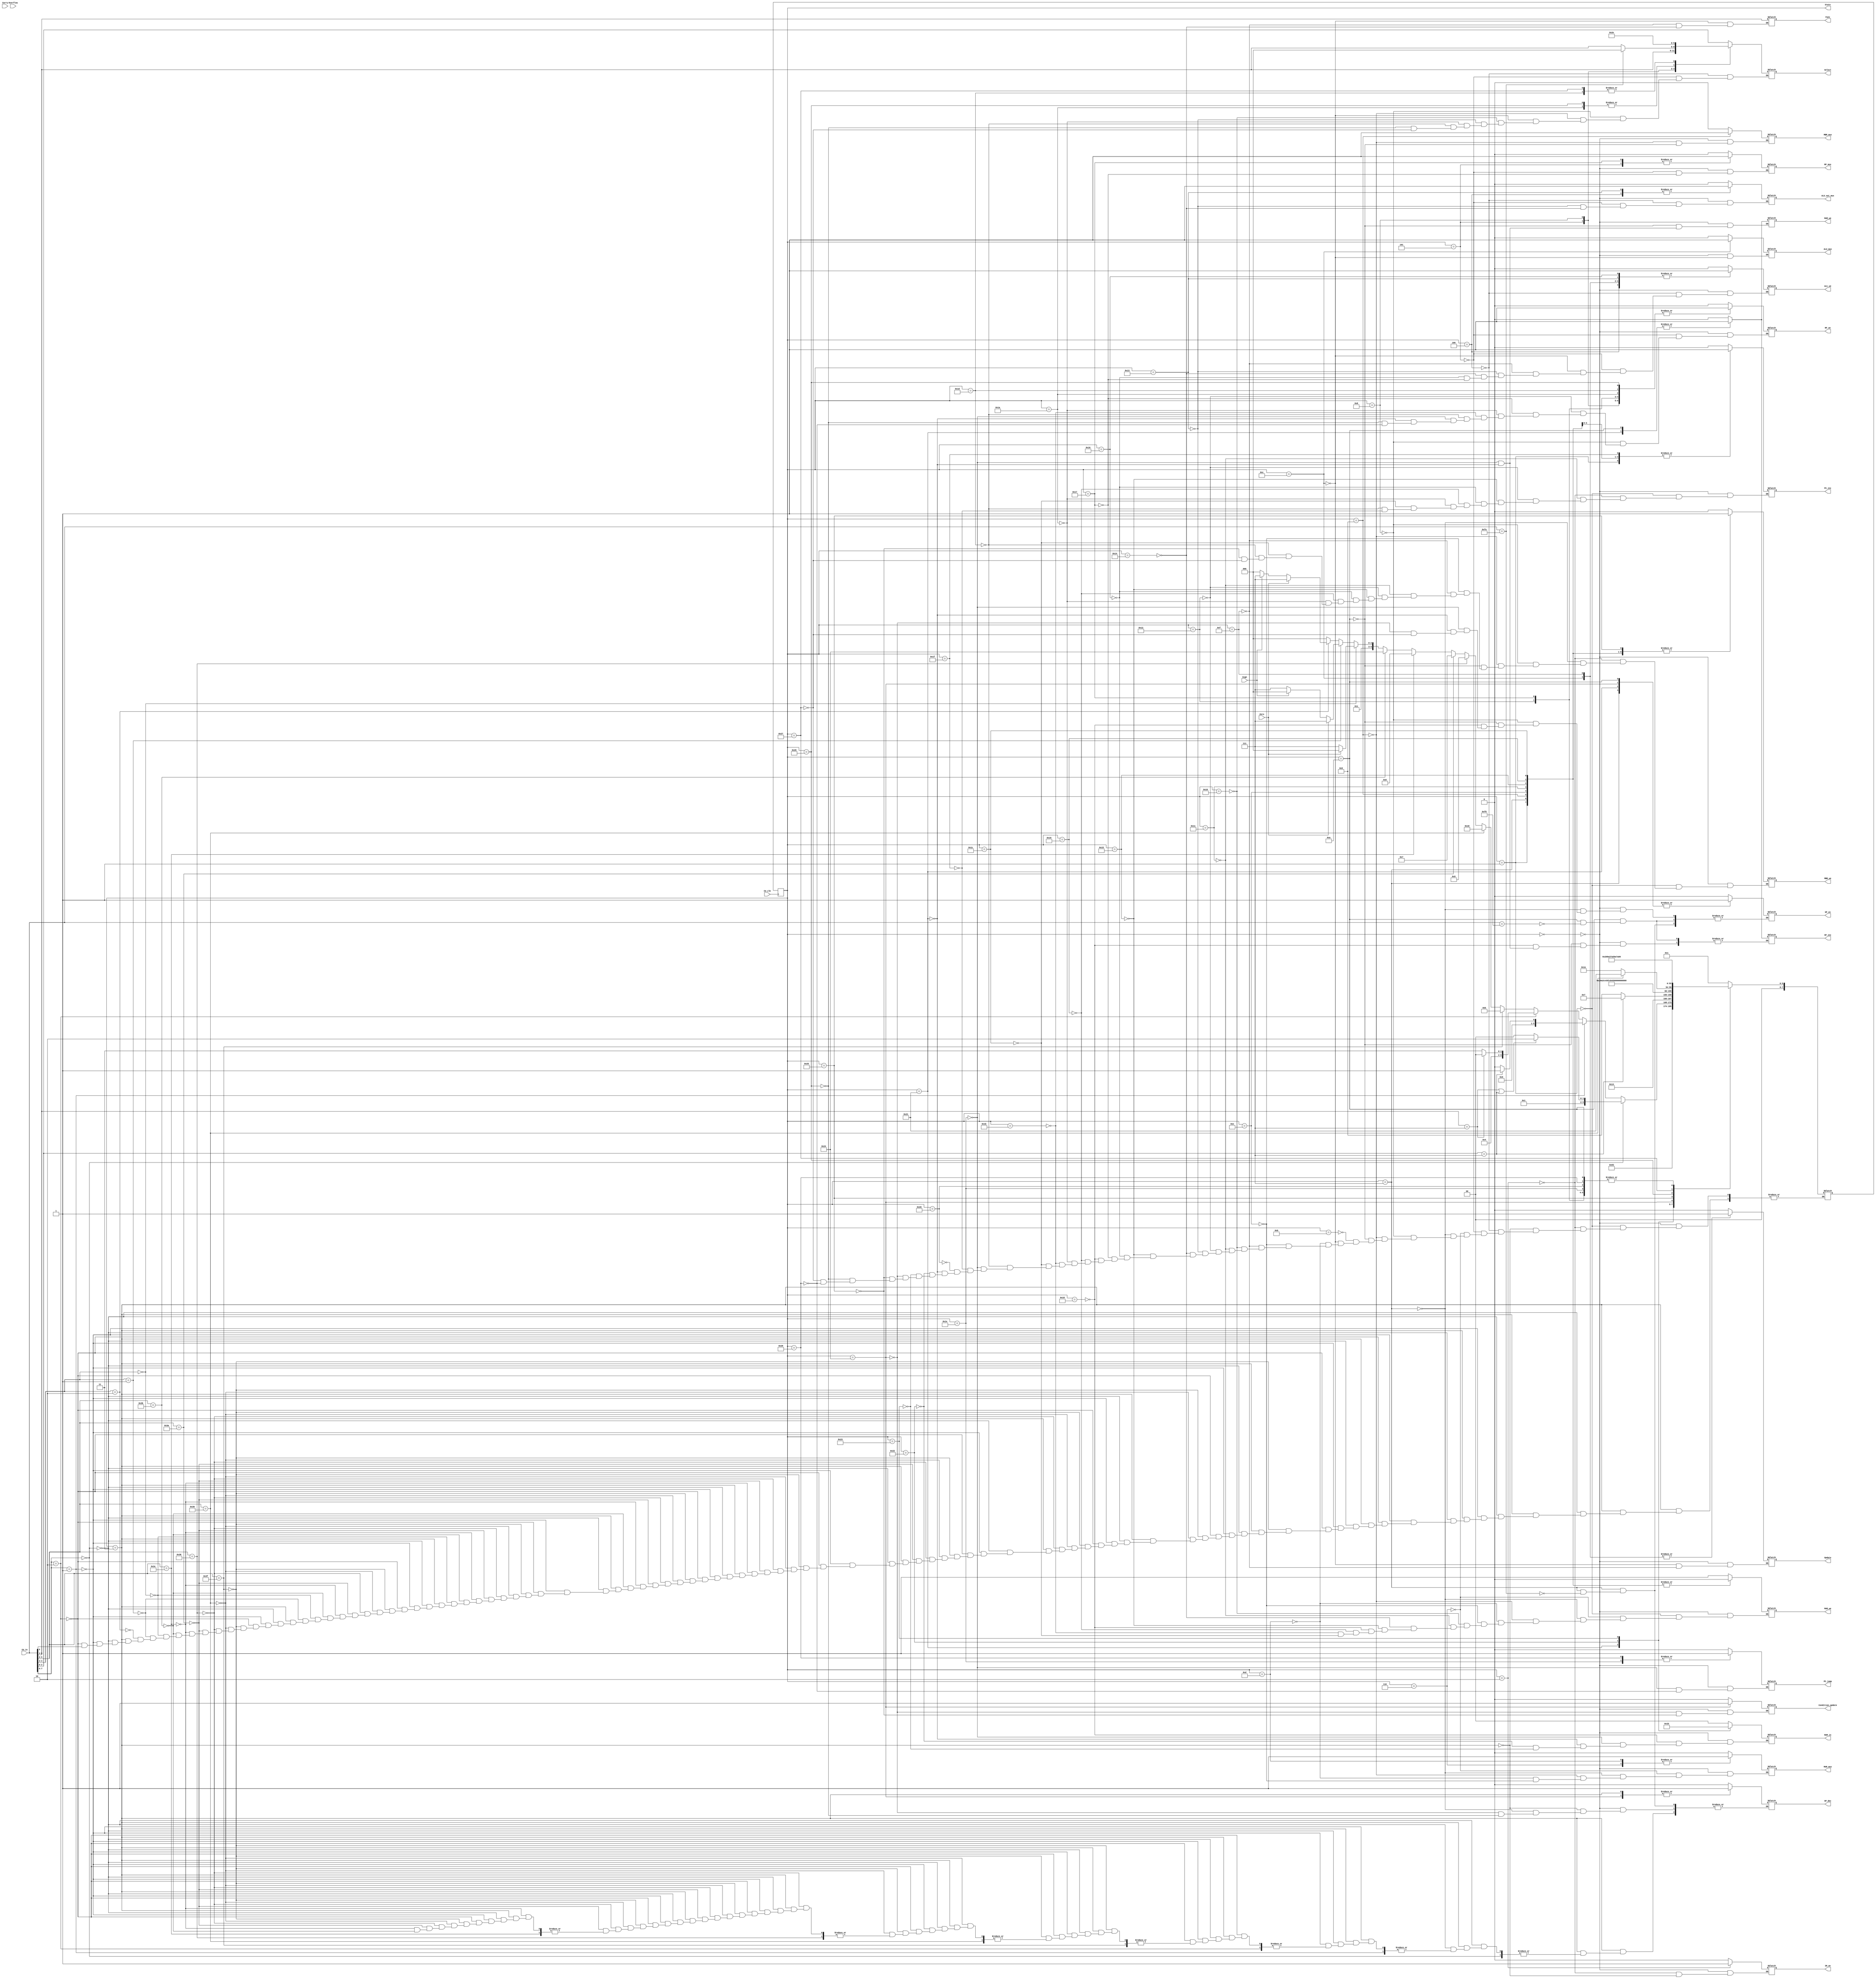
module CU(CU_in,MBR_we,IR_we,PC_inc,PC_jump,RF_we,Acc_we,MAR_we,RAM_we,
		ALU_mux,RF_mux,ALU_out_mux,MAR_mux,MBR_mux,Select,Func,CU_clk,State,
		Zero, Sign, Overflow, Carry,Update,SP_en,RAM_in,SP_inc,SP_dec,Condition_update
    );
	input[7:0] CU_in;
	output MBR_we,IR_we,PC_inc,PC_jump,RF_we,Acc_we,MAR_we,RAM_we,ALU_mux,RF_mux,ALU_out_mux,MAR_mux,MBR_mux,Update,SP_en,SP_inc,SP_dec,Condition_update;
	output[2:0] Select,Func;
	output[1:0] RAM_in;
	input CU_clk;
	output[7:0] State;
	input Zero, Sign, Overflow, Carry;
	reg  MBR_we,IR_we,PC_inc,PC_jump,RF_we,Acc_we,MAR_we,RAM_we,ALU_mux,RF_mux,ALU_out_mux,MAR_mux,MBR_mux,Update,SP_en,SP_inc,SP_dec,Condition_update;
	reg[2:0] Select,Func;
	reg[1:0] RAM_in;
	reg[7:0] State=0,nextstate;
	parameter s0=0, s1=1, s2=2, s3=3, s4=4, s5=5, s6=6, s7=7, s8=8, s9=9, s10=10, s11=11, s12=12, s13=13, s14=14, s15=15,
					s16=16, s17=17, s18=18, s19=19, s20=20, s21=21, s22=22, s23=23, s24=24, s25=25, s26=26, s27=27, s28=28,
					s29=29, s30=30, s31=31, s32=32, s33=33, s34=34, s35=35, s36=36, s37=37, s38=38, s39=39, s40=40;
	always @(posedge CU_clk)
	begin
		State <= nextstate;
	end
	always @(State)
	begin
	 case(State)
		s0:
			begin
				RAM_we=0;
				MBR_we=0;
				IR_we=0;
				PC_inc=0;
				PC_jump=0;
				RF_we=0;
				Acc_we=0;
				MAR_we=1;
				ALU_mux=0;
				RF_mux=0;
				ALU_out_mux=0;
				MAR_mux=0;
				MBR_mux=0;
				Update=0;
				RAM_in=2'b00;
				SP_en=0;
				SP_inc=0;
				SP_dec=0;
				Condition_update = 0;
				nextstate = s1; //PAPAM
			end
		s1:
			begin
				MBR_we=1;
				PC_inc=1;
				MAR_we=0;
				nextstate = s2;
			end
		s2:
			begin
				MBR_we=0;
				IR_we=1;
				PC_inc=0;
				nextstate=s3;
			end
		s3: //Decoder
			begin
				IR_we=0;
			if( CU_in[7:6] == 2'b00)
				begin
					if( (CU_in[5:3]==3'b111) || (CU_in[2:0] == 3'b111) )
						nextstate = s6; // MOV M REG || MOV REG M
					else
						nextstate = s4; // MOV REG REG
				end
			else if(CU_in[7:6] == 2'b01)
				begin
					if(CU_in[2:0] == 3'b111)
						nextstate = s13; // ADD M
					else
						nextstate = s12;// ADD REG
				end
			else if(CU_in[7:6] == 2'b10)
				begin
					if(CU_in[5:3] == 3'b111)
						nextstate = s16; //MVI
					else
						nextstate =s19; // ADDI
				end
			else
				begin
				if(CU_in[5] == 0)
					nextstate = s24;  // JUMP UNCONDITIONAL
				if(CU_in[5:0] == 6'b111111)
					nextstate = s11; // HALT
				else if(CU_in[5:0] == 6'b111001)  //CALL
					nextstate = s24;
				else if(CU_in[5:0] == 6'b111000) // PUSH
					nextstate = s9;
				else if(CU_in[5:0] == 6'b111010) // POP
					begin
					nextstate = s7;
					SP_dec=1;
					end
				else if(CU_in[5:0] == 6'b111100)//NOP
					begin
						nextstate = s0;
					end
				else if(CU_in[5:0] == 6'b111011)//RETURN
					begin
					nextstate = s36;
					SP_dec=1;
					end
				else
					begin
						if(CU_in[4:3] == 2'b00)
							 nextstate = Zero ? s24: s31; // JUMP ON EQUAL
						else if(CU_in[4:3] == 2'b01)
							 nextstate = Zero ? s31: (Sign ? s24: s31); // JUMP ON LESS THAN
						else if(CU_in[4:3] == 2'b10)
							nextstate = Zero ? s31: (Sign ? s31: s24); // JUMP ON GREATER THAN
					end
				end
			end
		s4:
			begin
				Acc_we=1;
				ALU_out_mux=1;
				Select = CU_in[2:0];
				nextstate = s5;
			end
		s5:
			begin
				RF_we=1;
				Acc_we=0;
				RF_mux= 1;
				ALU_out_mux=0;
				Select = CU_in[5:3];
				nextstate = s0;
			end
		s6: 			//MAR <= FG
			begin
				MAR_we=1;
				MAR_mux=1;
				if(CU_in[2:0] == 3'b111)
					nextstate = s7;
				else
					nextstate = s9;
			end
		s7:			//MBR <= RAM[MAR]
			begin
				MBR_we=1;
				MAR_we=0;
				MAR_mux=0;
				if(CU_in[7:0] == 8'b11111010)
					begin
						SP_en=1;
						SP_dec=0;
					end
				nextstate = s8;
			end
		s8:				//REG <= MBR
			begin
				MBR_we=0;
				RF_we=1;
				Select = CU_in[5:3];
				if(CU_in[7:0] == 8'b11111010)
					begin
						Select = 3'b000;
					end
				SP_en=0;
				nextstate = s0;
			end
		s9:			//MBR <= REG
			begin
				MBR_we=1;
				MAR_we=0;
				MAR_mux=0;
				MBR_mux=1;
				Select = CU_in[2:0];
				nextstate = s10;
			end
		s10:		//RAM[MAR] <= MBR
			begin
				RAM_we=1;
				MBR_we=0;
				MBR_mux=0;
				if(CU_in[7:0] == 8'b11111000)
					begin
					SP_en=1;
					SP_inc=1;
					end
				nextstate = s0;
			end
		s11: //halt
			begin
				nextstate = s11;
			end
		s12: // Alu reg
			begin
				Acc_we=1;
				ALU_mux=1;
				Select = CU_in[2:0];
				Func = CU_in[5:3];
				Update = 1;
				nextstate = s0;
			end
		s13:
			begin
				MAR_we=1;
				MAR_mux=1;
				nextstate = s14;
			end
		s14:
			begin
				MBR_we=1;
				MAR_we=0;
				MAR_mux=0;
				nextstate = s15;
			end
		s15:
			begin
				MBR_we=0;
				Acc_we=1;
				Func = CU_in[5:3];
				Update = 1;
				nextstate = s0;
			end
		s16: //MAR <= PC
			begin
				MAR_we=1;
				Select = CU_in[2:0];
				nextstate = s17;
			end
		s17:  //MBR <= RAM[MAR] , PC++
			begin
				MBR_we=1;
				PC_inc=1;
				MAR_we=0;
				nextstate = s18;
			end
		s18:
			begin
				MBR_we=0;
				PC_inc=0;
				RF_we=1;
				nextstate = s0;
			end
		s19: // ACC <= REG
			begin
				Acc_we=1;
				ALU_out_mux=1;
				Select = CU_in[2:0];
				nextstate = s20;
			end
		s20:  //MAR <=PC
			begin
				Acc_we=0;
				MAR_we=1;
				ALU_out_mux=0;
				Func = CU_in[5:3];
				nextstate = s21;
			end
		s21:
			begin
				MBR_we=1;
				PC_inc=1;
				MAR_we=0;
				nextstate = s22;
			end
		s22:
			begin
				MBR_we=0;
				PC_inc=0;
				Acc_we=1;
				nextstate = s23;
			end
		s23:
			begin
				RF_we=1;
				Acc_we=0;
				RF_mux=1;
				nextstate = s0;
			end
		s24: //MAR = PC
			begin
				MAR_we=1;
				RAM_in=2'b00;
				SP_en=0;
				SP_inc=0;
				nextstate = s25;
			end
		s25: // MBR = RAM
			begin
				MBR_we=1;
				PC_inc=1;
				MAR_we=0;
				nextstate = s26;
			end
		s26: 		//F = MBR
			begin
				MBR_we=0;
				PC_inc=0;
				RF_we=1;
				Select = 3'b101;
				nextstate = s27;
			end
		s27:
			begin
				RF_we=0;
				MAR_we=1;
				nextstate = s28;
			end
		s28:
			begin
				MBR_we=1;
				PC_inc=1;
				MAR_we=0;
				nextstate = s29;
			end
		s29:
			begin
				MBR_we=0;
				PC_inc=0;
				RF_we=1;
				Select = 3'b110;
				if(CU_in[5:0] == 6'b111001)
					nextstate = s33;
				else
					nextstate = s30;
			end
		s30:
			begin
				RAM_we=0;
				PC_jump=1;
				RF_we=0;
				RAM_in=2'b00;
				SP_en=0;
				SP_inc=0;
				nextstate = s0;
			end
		s31: // PC++
			begin
				PC_inc=1;
				nextstate = s32;
			end
		s32:	//PC++
			begin
				nextstate = s0;
			end
		s33:
			begin
				RAM_we=1;
				RF_we=0;
				RAM_in=2'b01;
				SP_en=1;
				SP_inc=1;
				nextstate = s34;
			end
		s34:
			begin
				RAM_in=2'b10;
				nextstate = s35;
			end
		s35:
			begin
				RAM_in=2'b11;
				nextstate = s30;
			end
		s36:
			begin
				SP_en = 1;
				SP_dec =1;
				Condition_update = 1;
				nextstate = s37;
			end
		s37:
			begin
				MBR_we=1;
				Condition_update = 0;
				nextstate = s38;
			end
		s38:
			begin
				RF_we=1;
				SP_dec = 0;
				Select = 3'b101;
				nextstate = s39;
			end
		s39:
			begin
				MBR_we=0;
				SP_en = 0;
				Select = 3'b110;
				nextstate = s40;
			end
		s40:
			begin
				PC_jump=1;
				RF_we=0;
				nextstate = s0;
			end
		endcase
	end
endmodule